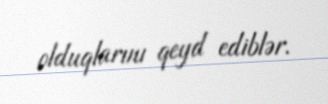
olduqlarını qeyd ediblər.